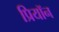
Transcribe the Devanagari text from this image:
प्रियॉन